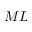
M L